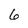
Character: 6